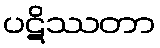
ပဋိဿတာ